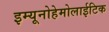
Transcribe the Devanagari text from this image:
इम्यूनोहेमोलाईटिक